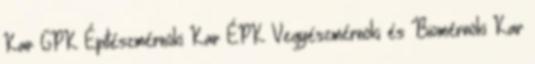
Kar GPK Építészmérnöki Kar ÉPK Vegyészmérnöki és Biomérnöki Kar